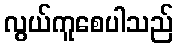
လွယ်ကူစေပါသည်